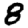
Digit: 8